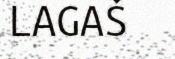
LAGAŠ